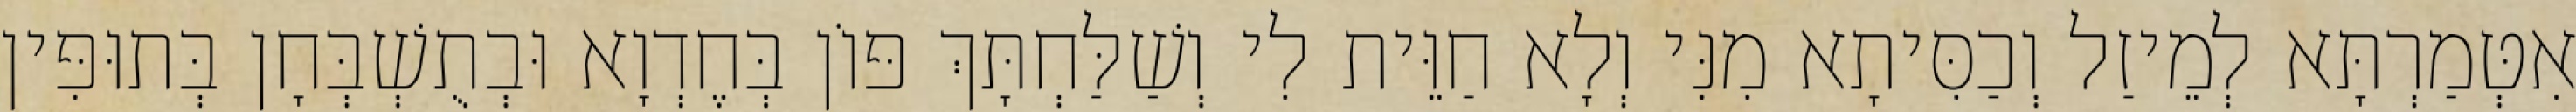
אִטְּמַרְתָּא לְמֵיזַל וְכַסִּיתָא מִנִּי וְלָא חַוֵּית לִי וְשַׁלַּחְתָּךְ פּוֹן בְּחֶדְוָא וּבְתֻשְׁבְּחָן בְּתוּפִּין